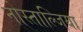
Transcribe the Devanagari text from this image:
नोस्ताल्जिया